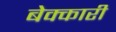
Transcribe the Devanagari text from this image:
बेक्कारी